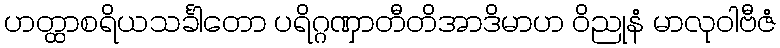
ဟတ္ထာစရိယသင်္ခါတော ပရိဂ္ဂဏှာတီတိအာဒိမာဟ ဝိညုနံ မာလုဝါဗီဇံ